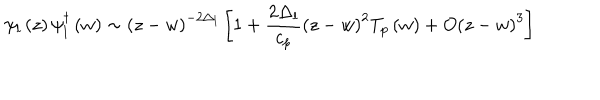
\psi _ { l } \left( z \right) \psi _ { l } ^ { \dagger } \left( w \right) \sim \left( z - w \right) ^ { - 2 \Delta _ { l } } \left[ 1 + \frac { 2 \Delta _ { l } } { c _ { p } } \left( z - w \right) ^ { 2 } T _ { p } \left( w \right) + O \left( z - w \right) ^ { 3 } \right]